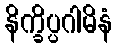
နိက္ခိပ္ပဂါမိနံ